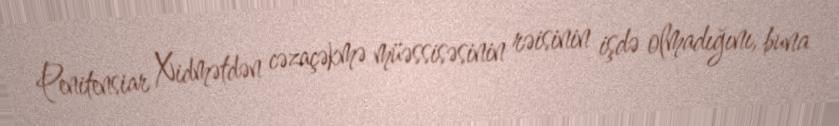
Penitensiar Xidmətdən cəzaçəkmə müəssisəsinin rəisinin işdə olmadığını, buna